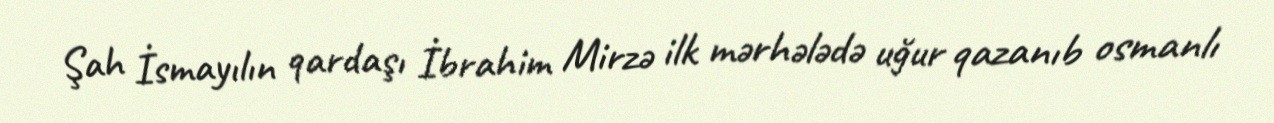
Şah İsmayılın qardaşı İbrahim Mirzə ilk mərhələdə uğur qazanıb osmanlı